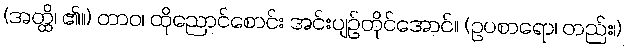
(အတ္ထိ၊ ၏။) တာဝ၊ ထိုညောင်စောင်း အင်းပျဉ်တိုင်အောင်။ (ဥပစာရော၊ တည်း၊)